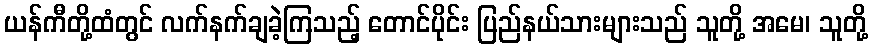
ယန်ကီတို့ထံတွင် လက်နက်ချခဲ့ကြသည့် တောင်ပိုင်း ပြည်နယ်သားများသည် သူတို့ အမေ၊ သူတို့